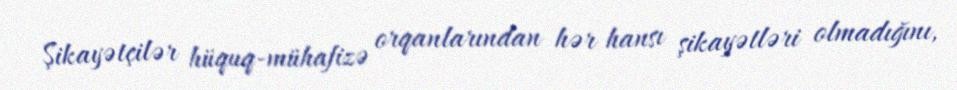
Şikayətçilər hüquq-mühafizə orqanlarından hər hansı şikayətləri olmadığını,